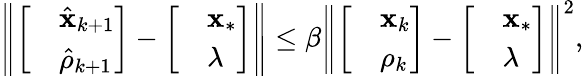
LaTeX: \left\| \left[\begin{array}{rl}&{\hat{\mathbf{x}}_{k+1}}\\ &{\hat{\rho}_{k+1}}\end{array}\right]-\left[\begin{array}{rl}&{\mathbf{x}_{\ast}}\\ &{\lambda}\end{array}\right]\right\| \leq\beta\left\| \left[\begin{array}{rl}&{\mathbf{x}_{k}}\\ &{\rho_{k}}\end{array}\right]-\left[\begin{array}{rl}&{\mathbf{x}_{\ast}}\\ &{\lambda}\end{array}\right]\right\| ^{2},